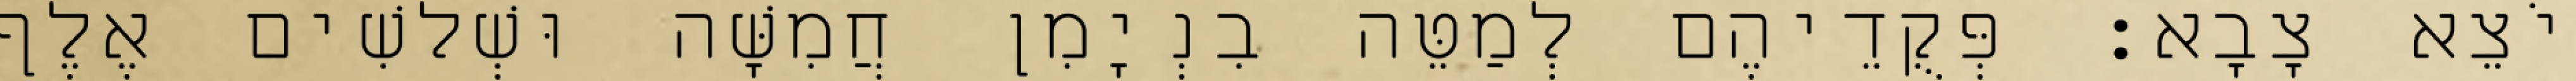
יֹצֵא צָבָא׃ פְּקֻדֵיהֶם לְמַטֵּה בִנְיָמִן חֲמִשָּׁה וּשְׁלשִׁים אֶלֶף